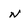
Character: n